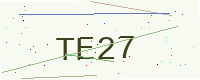
Text: TE27